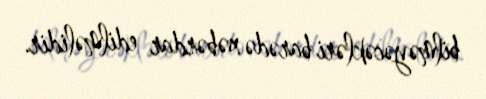
bilməyəcəkləri barədə xəbərdar edilməlidir.